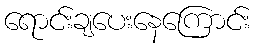
ရောင်းချပေးနေကြောင်း